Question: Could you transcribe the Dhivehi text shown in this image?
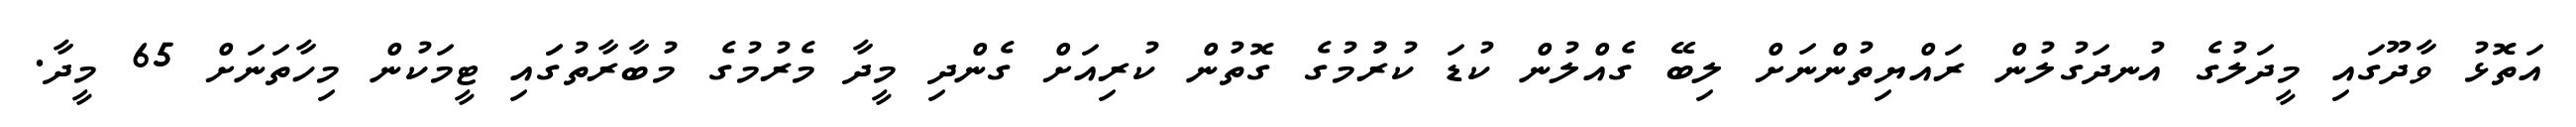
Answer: އަތޮޅު ވާދޫގައި މީދަލުގެ އުނދަގުލުން ރައްޔިތުންނަށް ލިބޭ ގެއްލުން ކުޑަ ކުރުުމުގެ ގޮތުން ކުރިއަށް ގެންދި މީދާ މެރުމުގެ މުބާރާތުގަައި ޓީމަކުން މިހާތަނަށް 65 މީދާ.